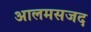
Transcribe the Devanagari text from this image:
आलमसजद